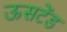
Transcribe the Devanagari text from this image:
ऊसटेंड